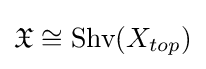
{\mathfrak {X}}\cong {\text{Shv}}(X_{top})